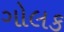
ગોલક